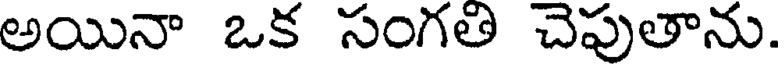
అయినా ఒక సంగతి చెపుతాను.